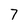
Character: 7